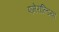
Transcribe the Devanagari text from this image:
एमेराल्डिया